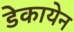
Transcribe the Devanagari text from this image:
डेकायेन